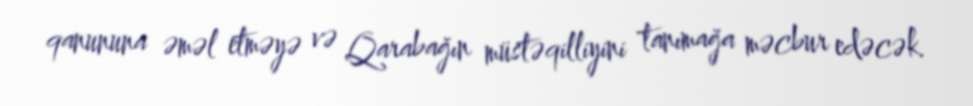
qanununa əməl etməyə və Qarabağın müstəqilliyini tanımağa məcbur edəcək.